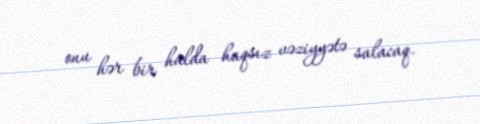
onu hər bir halda haqsız vəziyyətə salacaq.